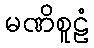
မဏိစူဠံ